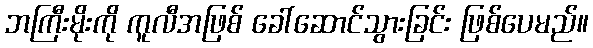
ဘကြီးမိုးကို ကူလီအဖြစ် ခေါ်ဆောင်သွားခြင်း ဖြစ်ပေမည်။